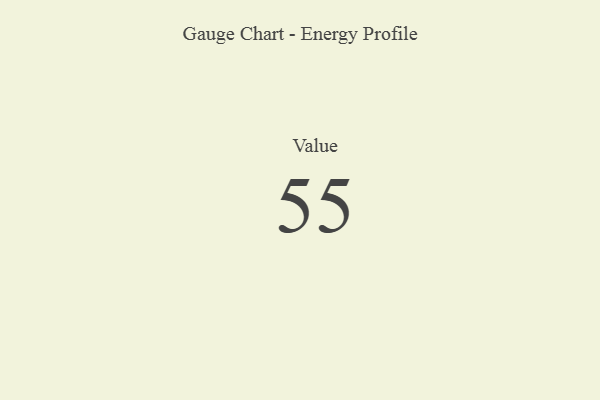
{"axis": {"x": "Metric", "y": "Value"}, "legend": [""], "data": [{"x": "Value", "y": 55, "type": ""}]}